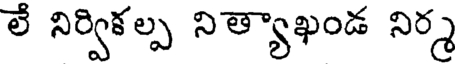
లే నిర్వికల్ప నిత్యాఖండ నిర్మ